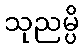
သုညမ္ပိ